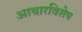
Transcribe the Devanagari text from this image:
आचारविशेष